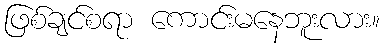
ဖြစ်ချင်စရာ ကောင်းမနေဘူးလား။